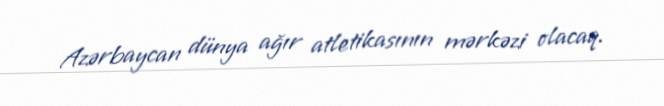
Azərbaycan dünya ağır atletikasının mərkəzi olacaq.